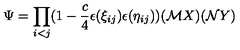
\Psi = \prod _ { i < j } ( 1 - \frac { c } { 4 } \epsilon ( \xi _ { i j } ) \epsilon ( \eta _ { i j } ) ) ( { \cal M } X ) ( { \cal N } Y )